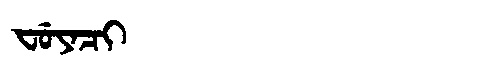
Manchu: ᠸᡠᠶᠠᠴᡳ
Romanization: FUYACI